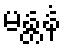
မန္တနံ